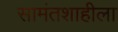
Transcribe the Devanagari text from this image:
सामंतशाहीला